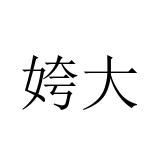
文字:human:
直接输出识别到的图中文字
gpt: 姱大